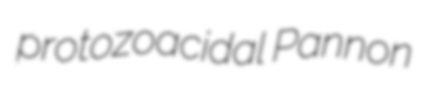
protozoacidal Pannon